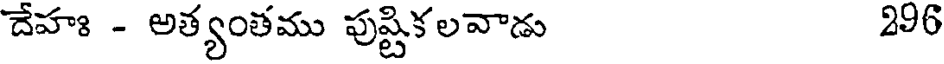
దేహః - అత్యంతము పుష్టికలవాడు 296